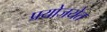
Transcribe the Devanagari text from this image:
प्रयोजयेत